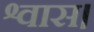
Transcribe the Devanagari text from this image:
श्वास।